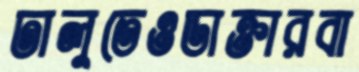
ঢালুতেওডাক্তারবা